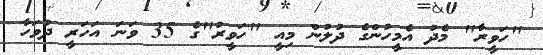
"ހަވީރާ" މެދު އެމީހުންގެ ދުލުން މިއީ "ހަވީރު"ގެ 35 ވަނަ އަހަރީ ދުވަހާ